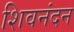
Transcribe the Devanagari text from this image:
शिवनंदन